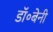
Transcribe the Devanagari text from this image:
डॉ॰बेनी